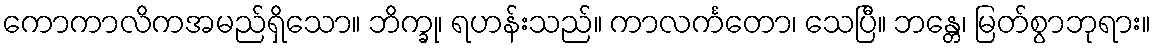
ကောကာလိကအမည်ရှိသော။ ဘိက္ခု၊ ရဟန်းသည်။ ကာလင်္ကတော၊ သေပြီ။ ဘန္တေ၊ မြတ်စွာဘုရား။